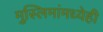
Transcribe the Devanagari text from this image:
मुस्लिमांमध्येही